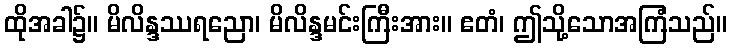
ထိုအခါ၌။ မိလိန္ဒဿရညော၊ မိလိန္ဒမင်းကြီးအား။ ဧတံ၊ ဤသို့သောအကြံသည်။